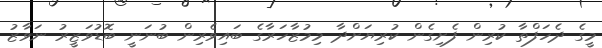
މީގެ ދެހަފްތާ ކުރިން ފެށިގެން ކުރިޔަށްދާ މިމުޒާހަރާގެ ބައިވެރިން ބުނަނީ ބޮޑުވަޒީރު ނަވާޒު